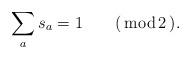
LaTeX: \begin{align*} \sum_{a}s_{a} = 1\qquad (\,\textrm{mod} \, 2\,).\end{align*}